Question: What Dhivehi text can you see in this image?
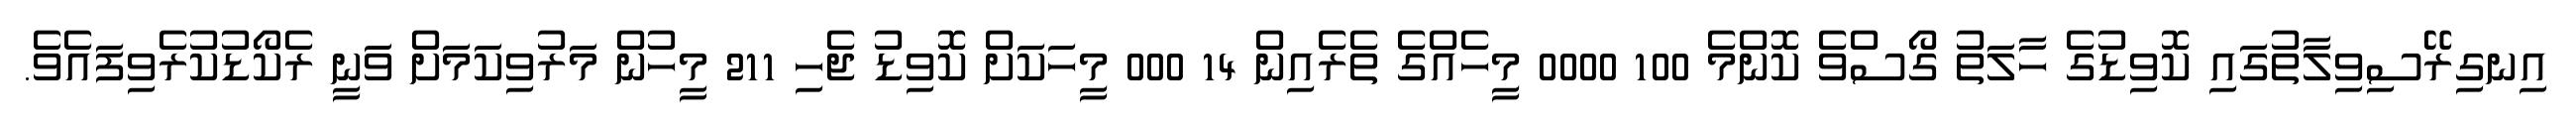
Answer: އިނގިރޭސިވިލާތުގައި ކޮވިޑުގެ ހާލަތު ގޯސްވެ ކޮންމެ 100 0000 މީހެއްގެ ތެރެއިން 14 000 މީހަކަށް ކޮވިޑު ޖެހި 211 މީހުން މަރުވިކަމަށް ވަނީ ރެކޯޑުކުރެވިފައެވެ.